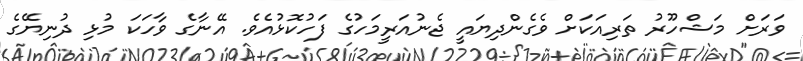
ވަރަށް މަޝްހޫރު ތަރިއަކަށް ވެގެންދިޔައީ ޖެނުއަރީމަހުގެ ފަހުކޮޅުއެވެ. އޭނާގެ ވާހަކަ މުޅި ދުނިޔޭގެ